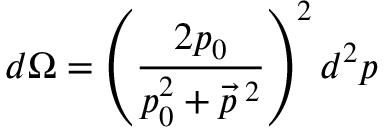
d \Omega = \left( \frac { 2 p _ { 0 } } { p _ { 0 } ^ { 2 } + \vec { p } ^ { ~ \! 2 } } \right) ^ { 2 } d ^ { 2 } p